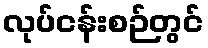
လုပ်ငန်းစဉ်တွင်